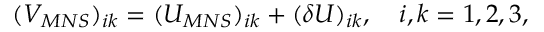
( V _ { M N S } ) _ { i k } = ( U _ { M N S } ) _ { i k } + ( \delta U ) _ { i k } , \quad i , k = 1 , 2 , 3 ,